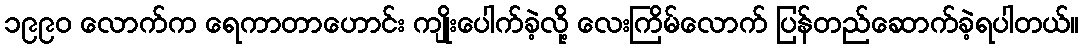
၁၉၉ဝ လောက်က ရေကာတာဟောင်း ကျိုးပေါက်ခဲ့လို့ လေးကြိမ်လောက် ပြန်တည်ဆောက်ခဲ့ရပါတယ်။